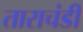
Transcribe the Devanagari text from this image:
ताराचंडी